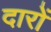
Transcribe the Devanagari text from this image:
दारों